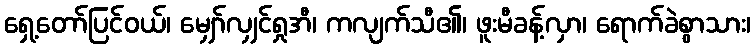
ရှေ့တော်ပြင်ဝယ်၊ မျှော်လျှင်ရှုအီ၊ ကလျက်သီ၏၊ ဖူးမီခန့်လှာ၊ ရောက်ခဲစွာသား၊